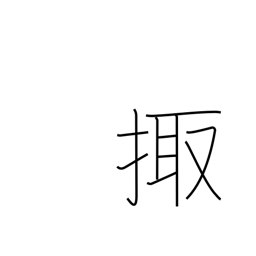
Meaning: night watch